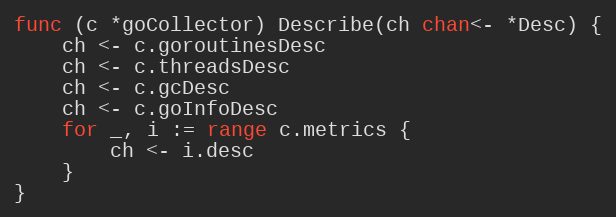
Language: Go
func (c *goCollector) Describe(ch chan<- *Desc) {
	ch <- c.goroutinesDesc
	ch <- c.threadsDesc
	ch <- c.gcDesc
	ch <- c.goInfoDesc
	for _, i := range c.metrics {
		ch <- i.desc
	}
}